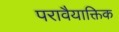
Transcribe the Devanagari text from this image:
परावैयाक्तिक